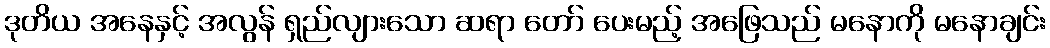
ဒုတိယ အနေနှင့် အလွန် ရှည်လျားသော ဆရာ တော် ပေးမည့် အဖြေသည် မနောကို မနောချင်း